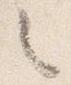
々